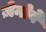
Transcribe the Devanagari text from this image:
ज़ेनोबे